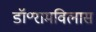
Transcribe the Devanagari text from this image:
डॉ॰रामविलास